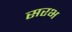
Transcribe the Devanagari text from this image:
सरभ